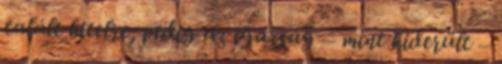
talált hitelre; pedig az igazság – mint kiderült –